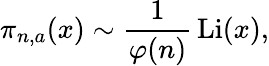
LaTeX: \pi_{n,a}(x)\sim{\frac{1}{\varphi(n)}}\operatorname{Li}(x),